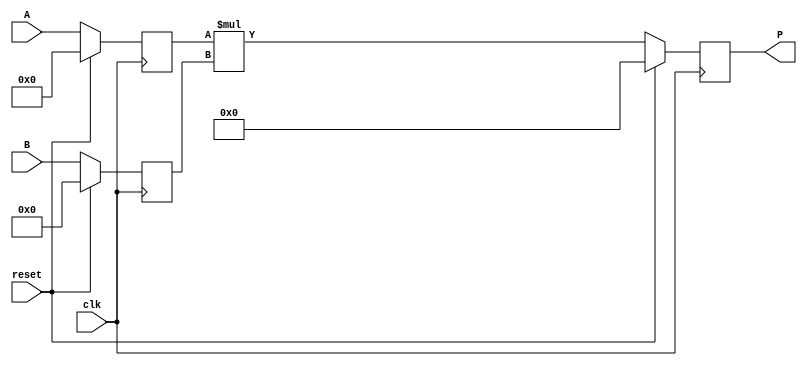
module dsp_mul_unsigned_reg (clk, reset, A, B, P);
	input clk, reset;
	input  [19:0] A;
	input  [17:0] B;
	output reg  [37:0] P;
	reg  [19:0] i1;
	reg  [17:0] i2;
	reg  [37:0] mul;
	always @(posedge clk) begin
		if(reset == 1) begin
			i1 <= 0;
			i2 <= 0;
		end
		else begin
			i1 <= A;
			i2 <= B;
		end
	end
	always @(posedge clk) begin
		if (reset ==1 )
			P <= 0;
		else
			P<= mul;
	end

	always @ (*)  begin
		mul  = i1 * i2;
	end
endmodule